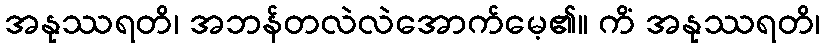
အနုဿရတိ၊ အဘန်တလဲလဲအောက်မေ့၏။ ကိံ အနုဿရတိ၊